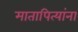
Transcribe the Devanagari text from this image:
मातापित्यांना